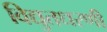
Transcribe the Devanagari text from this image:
विद्युतधरणी